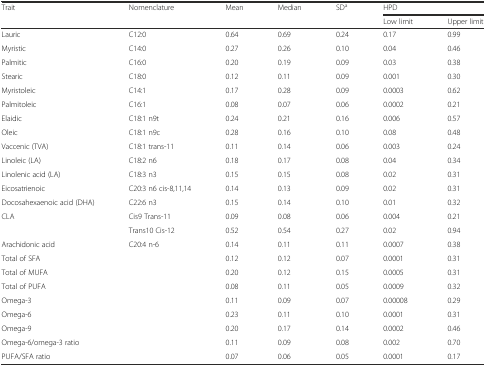
<table><thead><tr><td rowspan="2"><b>Trait</b></td><td rowspan="2"><b>Nomenclature</b></td><td rowspan="2"><b>Mean</b></td><td rowspan="2"><b>Median</b></td><td rowspan="2"><b>SD<sup>a</sup></b></td><td colspan="2"><b>HPD</b></td></tr><tr><td><b>Low limit</b></td><td><b>Upper limit</b></td></tr></thead><tbody><tr><td>Lauric</td><td>C12:0</td><td>0.64</td><td>0.69</td><td>0.24</td><td>0.17</td><td>0.99</td></tr><tr><td>Myristic</td><td>C14:0</td><td>0.27</td><td>0.26</td><td>0.10</td><td>0.04</td><td>0.46</td></tr><tr><td>Palmitic</td><td>C16:0</td><td>0.20</td><td>0.19</td><td>0.09</td><td>0.03</td><td>0.38</td></tr><tr><td>Stearic</td><td>C18:0</td><td>0.12</td><td>0.11</td><td>0.09</td><td>0.001</td><td>0.30</td></tr><tr><td>Myristoleic</td><td>C14:1</td><td>0.17</td><td>0.28</td><td>0.09</td><td>0.0003</td><td>0.62</td></tr><tr><td>Palmitoleic</td><td>C16:1</td><td>0.08</td><td>0.07</td><td>0.06</td><td>0.0002</td><td>0.21</td></tr><tr><td>Elaidic</td><td>C18:1 n9t</td><td>0.24</td><td>0.21</td><td>0.16</td><td>0.006</td><td>0.57</td></tr><tr><td>Oleic</td><td>C18:1 n9c</td><td>0.28</td><td>0.16</td><td>0.10</td><td>0.08</td><td>0.48</td></tr><tr><td>Vaccenic (TVA)</td><td>C18:1 trans-11</td><td>0.11</td><td>0.14</td><td>0.06</td><td>0.003</td><td>0.24</td></tr><tr><td>Linoleic (LA)</td><td>C18:2 n6</td><td>0.18</td><td>0.17</td><td>0.08</td><td>0.04</td><td>0.34</td></tr><tr><td>Linolenic acid (LA)</td><td>C18:3 n3</td><td>0.15</td><td>0.15</td><td>0.08</td><td>0.02</td><td>0.31</td></tr><tr><td>Eicosatrienoic</td><td>C20:3 n6 cis-8,11,14</td><td>0.14</td><td>0.13</td><td>0.09</td><td>0.02</td><td>0.31</td></tr><tr><td>Docosahexaenoic acid (DHA)</td><td>C22:6 n3</td><td>0.15</td><td>0.14</td><td>0.10</td><td>0.01</td><td>0.32</td></tr><tr><td rowspan="2">CLA</td><td>Cis9 Trans-11</td><td>0.09</td><td>0.08</td><td>0.06</td><td>0.004</td><td>0.21</td></tr><tr><td>Trans10 Cis-12</td><td>0.52</td><td>0.54</td><td>0.27</td><td>0.02</td><td>0.94</td></tr><tr><td>Arachidonic acid</td><td>C20:4 n-6</td><td>0.14</td><td>0.11</td><td>0.11</td><td>0.0007</td><td>0.38</td></tr><tr><td colspan="2">Total of SFA</td><td>0.12</td><td>0.12</td><td>0.07</td><td>0.0001</td><td>0.31</td></tr><tr><td colspan="2">Total of MUFA</td><td>0.20</td><td>0.12</td><td>0.15</td><td>0.0005</td><td>0.31</td></tr><tr><td colspan="2">Total of PUFA</td><td>0.08</td><td>0.11</td><td>0.05</td><td>0.0009</td><td>0.32</td></tr><tr><td colspan="2">Omega-3</td><td>0.11</td><td>0.09</td><td>0.07</td><td>0.00008</td><td>0.29</td></tr><tr><td colspan="2">Omega-6</td><td>0.23</td><td>0.11</td><td>0.10</td><td>0.0001</td><td>0.31</td></tr><tr><td colspan="2">Omega-9</td><td>0.20</td><td>0.17</td><td>0.14</td><td>0.0002</td><td>0.46</td></tr><tr><td colspan="2">Omega-6/omega-3 ratio</td><td>0.11</td><td>0.09</td><td>0.08</td><td>0.002</td><td>0.70</td></tr><tr><td colspan="2">PUFA/SFA ratio</td><td>0.07</td><td>0.06</td><td>0.05</td><td>0.0001</td><td>0.17</td></tr></tbody></table>